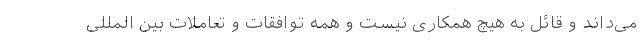
می‌داند و قائل به هیچ همکاری نیست و همه توافقات و تعاملات بین المللی